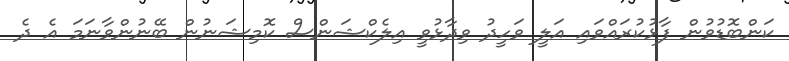
ކަންބޮޑުވުން ފާޅުކުރައްވައި އަލީ ވަހީދު ވިދާޅުވީ އިލެކްޝަންސް ކޮމިޝަނުން ބޭނުންވާނަމަ އެ ދެ